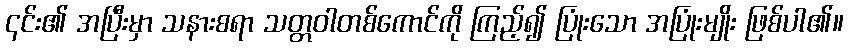
၎င်း၏ အပြီးမှာ သနားစရာ သတ္တဝါတစ်ကောင်ကို ကြည့်၍ ပြုံးသော အပြုံးမျိုး ဖြစ်ပါ၏။